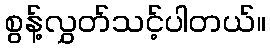
စွန့်လွှတ်သင့်ပါတယ်။